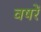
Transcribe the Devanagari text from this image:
वषरें